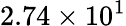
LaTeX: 2.74\times 10^{1}